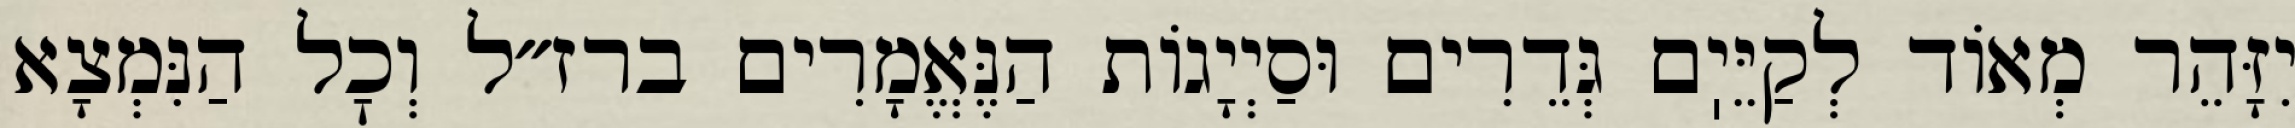
יִזָּהֵר מְאוֹד לְקַיֵּיֽם גְּדֵרִים וּסַיְיָגוֹת הַנֶּאֱמָרִים ברז״ל וְכׇל הַנִּמְצָא